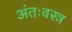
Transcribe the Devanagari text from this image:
अंतःवस्त्र